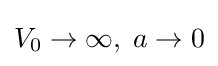
V_{0}\to \infty ,\;a\to 0